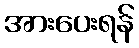
အားပေးရန်